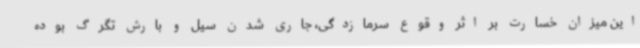
این میزان خسارت بر اثر وقوع سرمازدگی، جاری شدن سیل و بارش تگرگ بوده